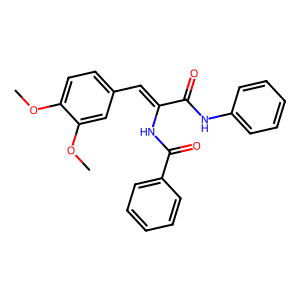
SMILES: COc1ccc(C=C(NC(=O)c2ccccc2)C(=O)Nc2ccccc2)cc1OC
Inhibits HIV replication: No